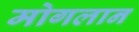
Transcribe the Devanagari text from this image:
मोगलान